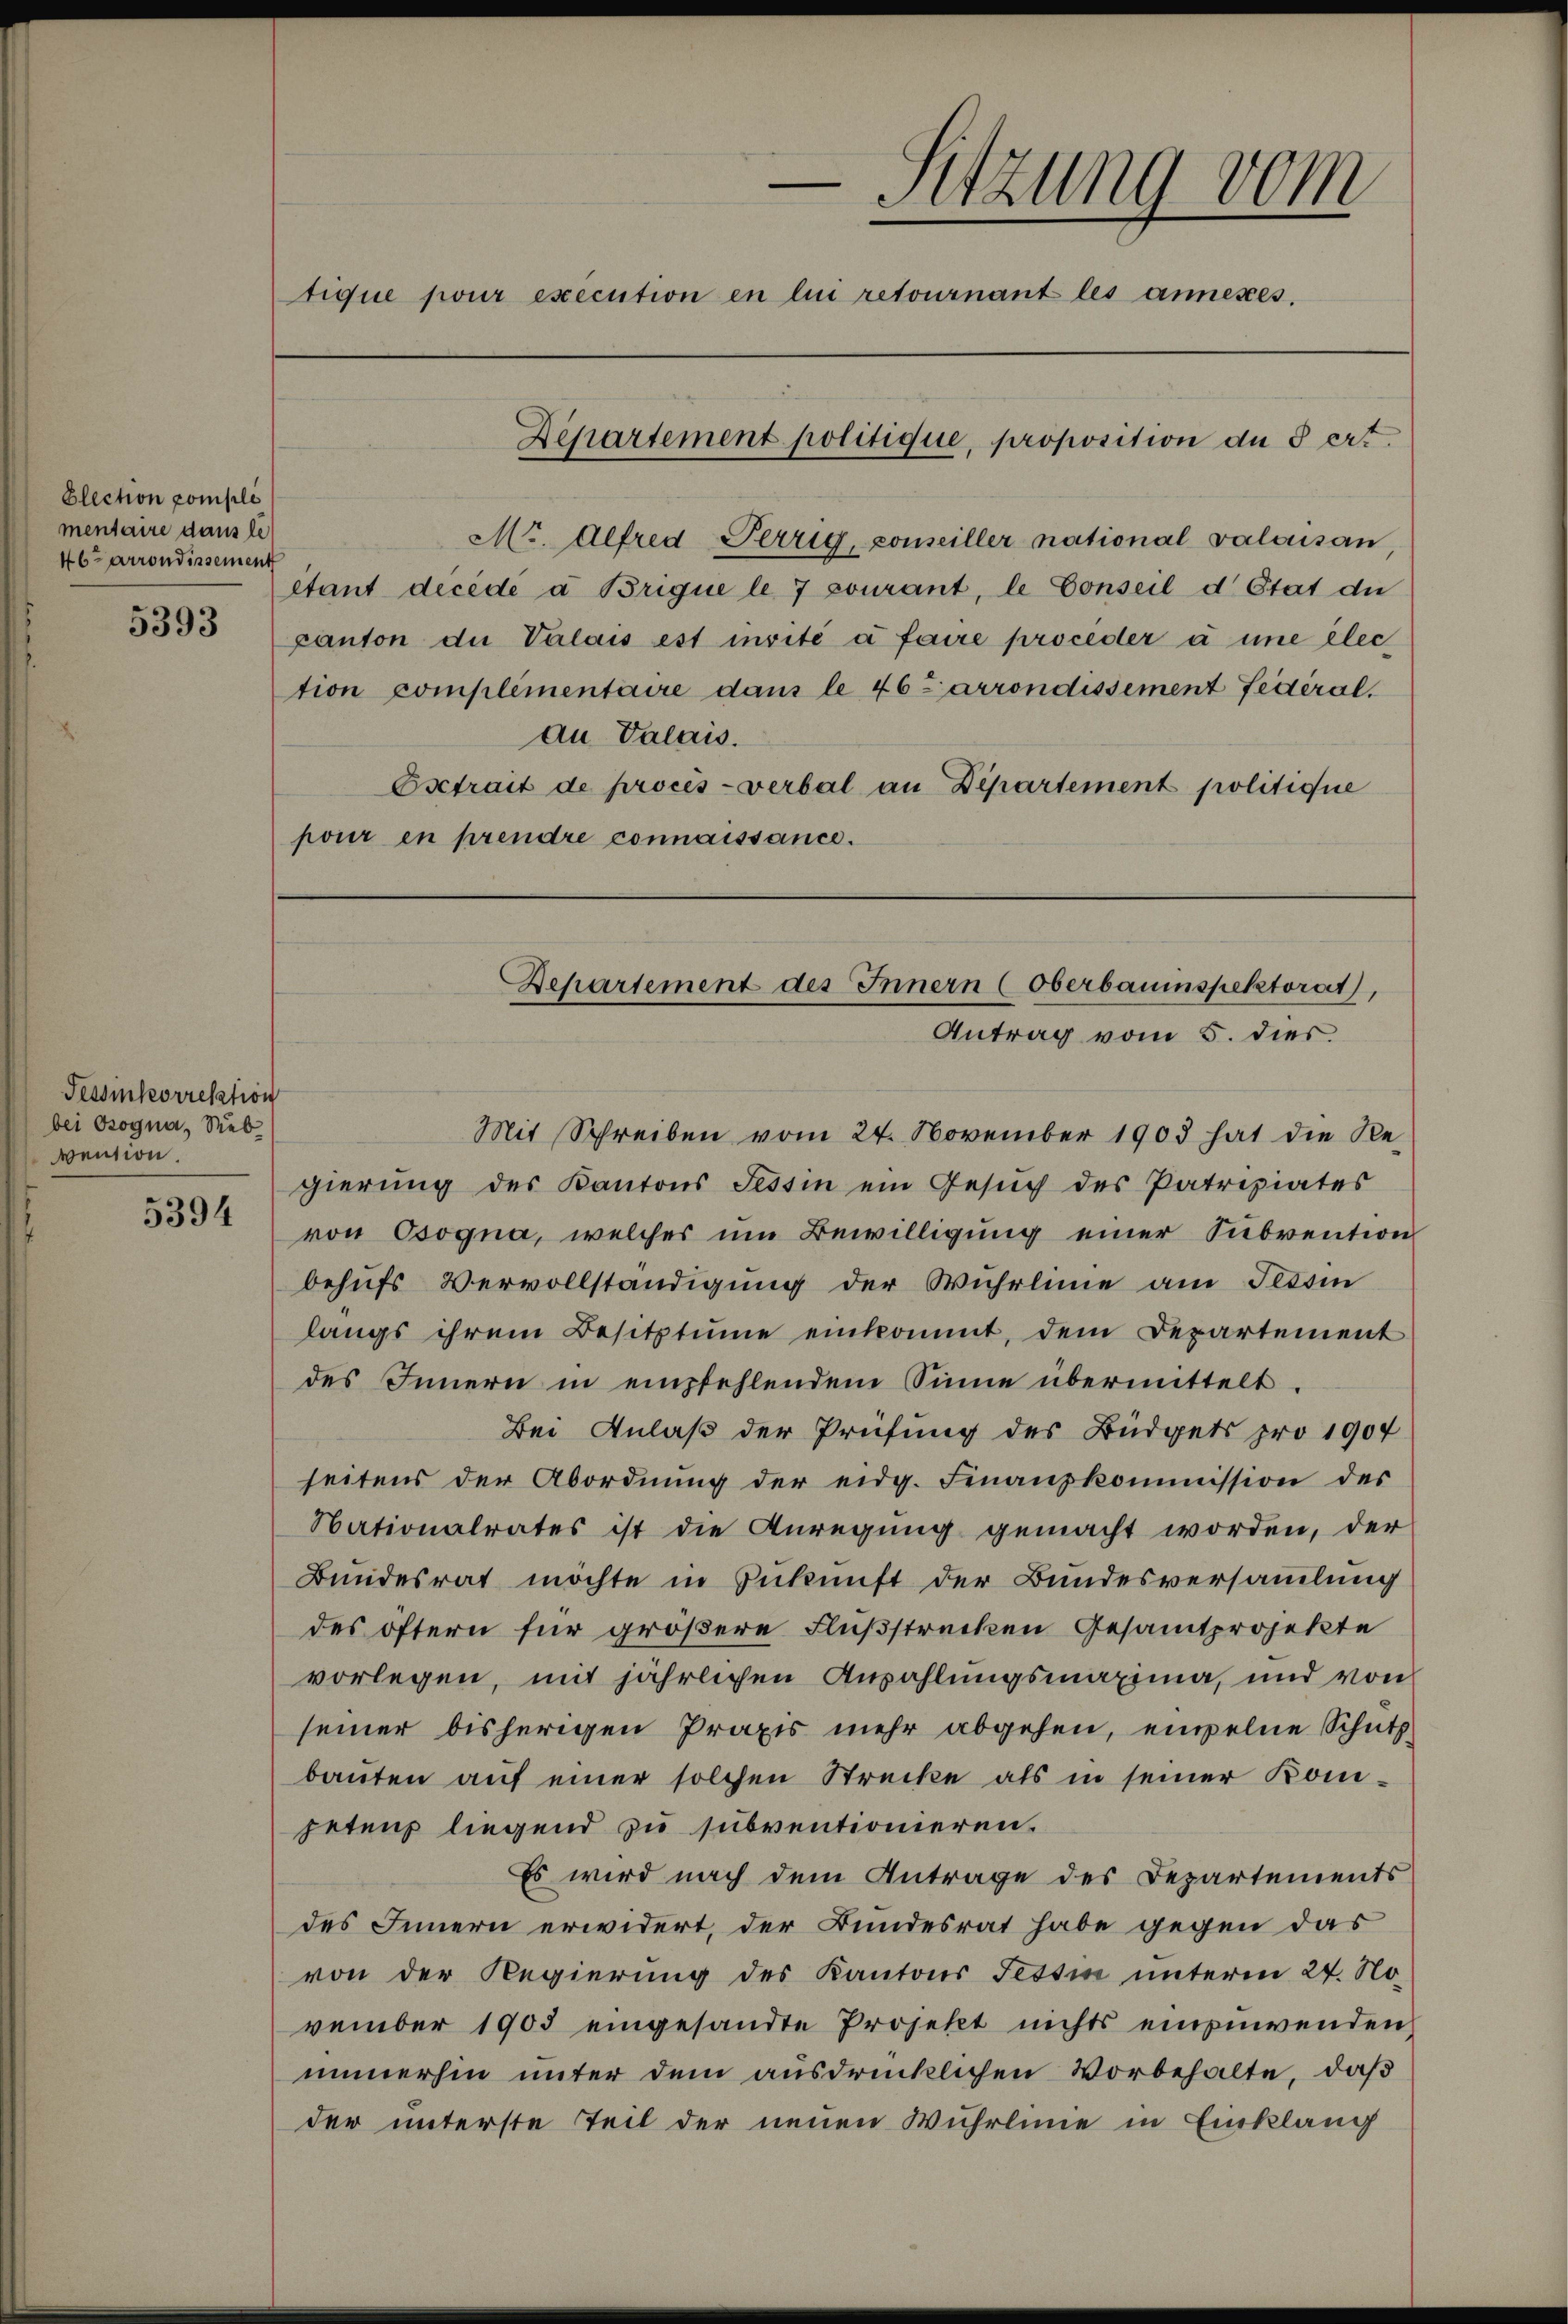
Election pomple
mentaire dans le
46 Arrondissement

5393

Tessikorrektion
bei Bogna, Sieb
vention.
5394

-Sitzung vom
tique pour execution en lui retournant les annesses.

Mi. Alfred Perrig, conseiller national valaisan
étant decede à Brigue le 7 courant, le Conseil d’Etat die
Canton de Valais est invité à faire proceder à une elec
tion complementaire dans le 46 Carrondissement fédéral.
au Valais.
Esetrait de procès-verbal an Departement politique
pour en prendre connaissance.

Departement politique, proposition du § ert

Departement des Innern (Oberbauinspektorat,
Antrag vom 5. dies

Mit Schreiben vom 24. November 1903 hat die Re-
gierung des Kantons Tessin ein Gesŭch des Patriziates
von Osogna, welches um Bewilligung einer Subvention
behufs Vervollständigung der Wuhrlinie am Tessin
langs ihrem Besitztume einkommt, dem Departement
des Innern in empfehlendem Sinne übermittelt.
Bei Anlaß der Prüfung des Büdgets pro 1904
seitens der Abordnŭng der eidg. Finanzkommission des
Nationalrates ist die Anregung gemacht worden, der
Bundesrat möchte in Zukunft der Bundesversammlung
des öftern für größere Flußstrecken Gesamtprojekte
vorlegen, mit jährlichen Anzahlungsmaxima, und von
seiner bisherigen Praxis mehr abgehen, empelne Schutz
baŭten aŭf einer solchen Strecke als in seiner Kompetenz liegend zu subventionieren.
Es wird nach dem Antrage des Departements
des Innern erwidert, der Bundesrat habe gegen das
von der Regierung des Kantons Tessin unterm 24. November 1903 eingesandte Projekt nichts einzuwenden,
immerhin unter dem ausdrücklichen Vorbehalte, daß
der unterste Teil der neuen Wuhrlinie in Einklang